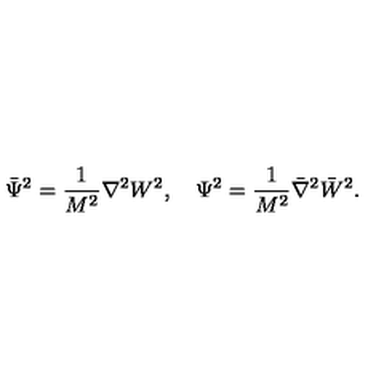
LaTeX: { \bar { \Psi } } ^ { 2 } = \frac { 1 } { M ^ { 2 } } \nabla ^ { 2 } { W ^ { 2 } } , \quad \Psi ^ { 2 } = \frac { 1 } { M ^ { 2 } } { \bar { \nabla } } ^ { 2 } { \bar { W } } ^ { 2 } .